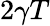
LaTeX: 2\gamma T